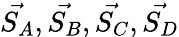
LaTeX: \vec{S_{A}},\vec{S_{B}},\vec{S_{C}},\vec{S_{D}}